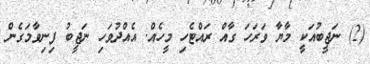
(2) ނަޖީބުއަކީ މާޔާ ވަރަހަ ގާއް ރައްޓެހި މީހެއް. އެއްދުވަހި ނަޖީބު ފިނިވާމަގެން